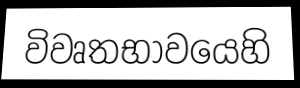
විවෘතභාවයෙහි